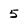
Character: 5